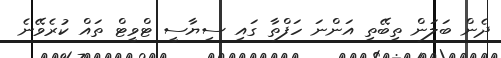
ދެން ބަލަން ތިބޭތި އަންނަ ހަފްތާ ގައި ސިޔާސީ ޓްވީޓް ތައް ކުރެވޭނެ